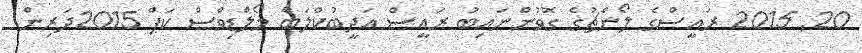
20